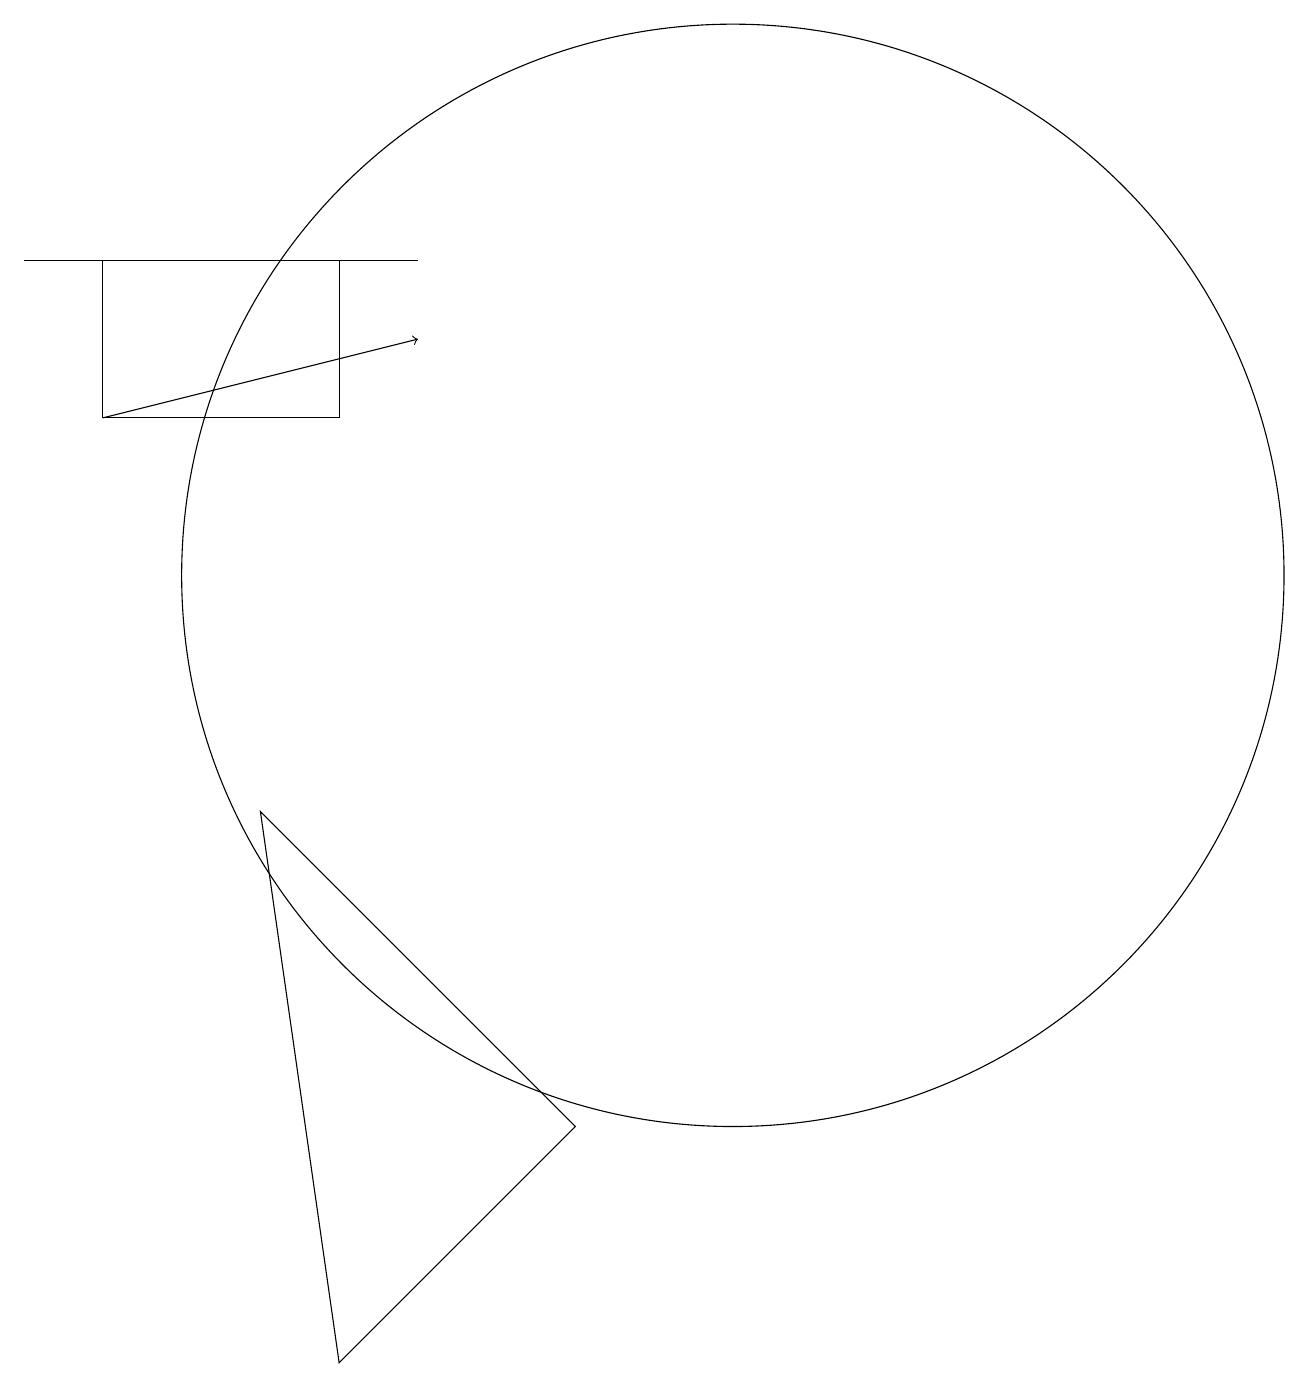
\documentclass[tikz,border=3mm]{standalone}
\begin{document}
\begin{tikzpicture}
\draw (4,9) -- (8,5) -- (5,2) -- cycle;
\draw[->] (2,14) -- (6,15);
\draw (2,14) rectangle (5,16);
\draw (1,16) rectangle (6,16);
\draw (10,12) circle (7);
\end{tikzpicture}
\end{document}